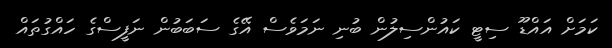
ކަމަށް އައްޑޫ ސިޓީ ކައުންސިލުން ބުނި ނަމަވެސް އޭގެ ސަބަބުން ނަފީސްގެ ހައްގުތައް